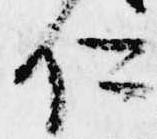
仁